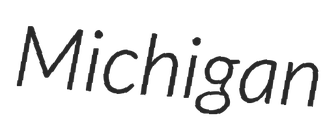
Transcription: Michigan